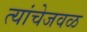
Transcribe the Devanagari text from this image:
त्यांचेजवळ